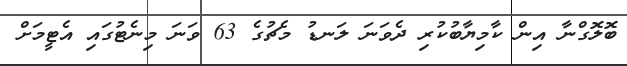
ބޮލޮގްނާ އިން ކާމިޔާބުކުރި ދެވަނަ ލަނޑު މެޗުގެ 63 ވަނަ މިނެޓުގައި އެޓީމަށް